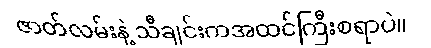
ဇာတ်လမ်းနဲ့ သီချင်းကအထင်ကြီးစရာပဲ။